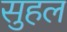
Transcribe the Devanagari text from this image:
सुहल